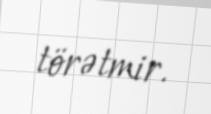
törətmir.